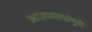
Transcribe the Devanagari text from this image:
आज्ञावल्यांमुळे